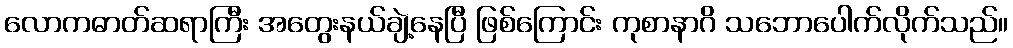
လောကဓာတ်ဆရာကြီး အတွေးနယ်ချဲ့နေပြီ ဖြစ်ကြောင်း ကုစာနာဂိ သဘောပေါက်လိုက်သည်။